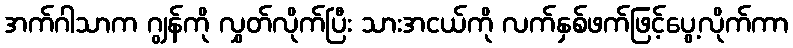
အက်ဂါသာက ဂျွန်ကို လွှတ်လိုက်ပြီး သားအငယ်ကို လက်နှစ်ဖက်ဖြင့်ပွေ့လိုက်ကာ